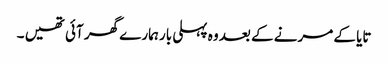
تایا کے مرنے کے بعد وہ پہلی بار ہمارے گھر آئی تھیں ۔